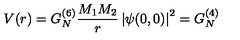
V ( r ) = G _ { N } ^ { ( 6 ) } \frac { M _ { 1 } M _ { 2 } } { r } \left| \psi ( 0 , 0 ) \right| ^ { 2 } = G _ { N } ^ { ( 4 ) }